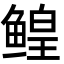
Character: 鳇